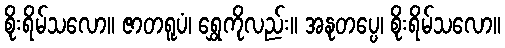
စိုးရိမ်သလော။ ဇာတရူပံ၊ ရွှေကိုလည်း။ အနုတပ္ပေ၊ စိုးရိမ်သလော။